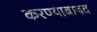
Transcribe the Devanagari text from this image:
करण्याबाबद